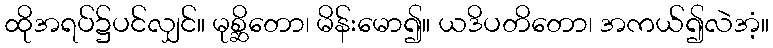
ထိုအရပ်၌ပင်လျှင်။ မုစ္ဆိတော၊ မိန်းမော၍။ ယဒိပတိတော၊ အကယ်၍လဲအံ့။